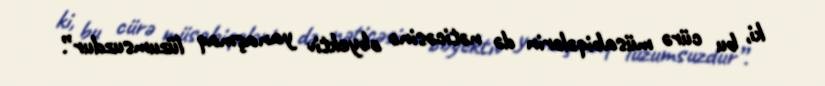
ki, bu cürə müsabiqələrin də nəticəsinə obyektiv yanaşmaq lüzumsuzdur”.